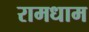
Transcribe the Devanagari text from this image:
रामधाम